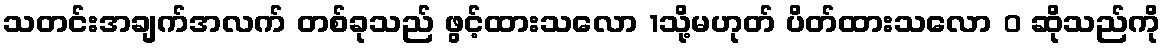
သတင်းအချက်အလက် တစ်ခုသည် ဖွင့်ထားသလော 1သို့မဟုတ် ပိတ်ထားသလော 0 ဆိုသည်ကို